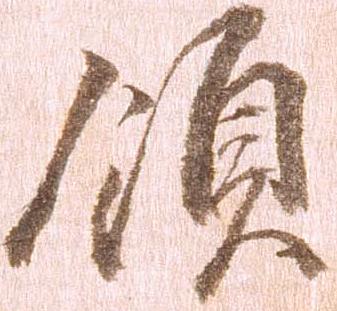
領